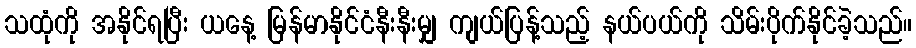
သထုံကို အနိုင်ရပြီး ယနေ့ မြန်မာနိုင်ငံနီးနီးမျှ ကျယ်ပြန့်သည့် နယ်ပယ်ကို သိမ်းပိုက်နိုင်ခဲ့သည်။